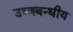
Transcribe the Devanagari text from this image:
उष्णबन्धीय